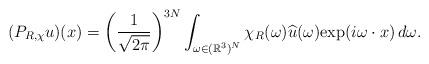
LaTeX: \begin{align*}(P_{R,\chi}u)(x)=\left(\frac{1}{\sqrt{2\pi}}\right)^{3N}\int_{\omega\in(\mathbb{R}^3)^N}\chi_R(\omega)\widehat{u}(\omega)\mathrm{exp}(i\omega\cdot x)\,d\omega.\end{align*}